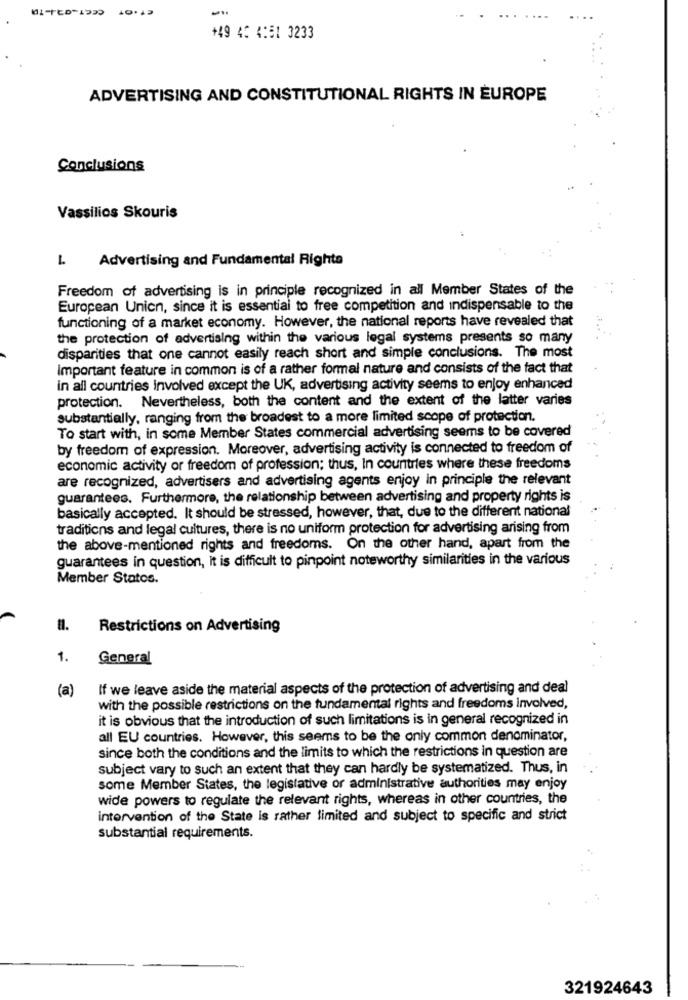
+49 4: 4:51 3233
ADVERTISING AND CONSTITUTIONAL RIGHTS IN EUROPE
Conclusions
Vassilios Skouris
Advertising and Fundamental Righta
Freedom of advertising is in principle recognized in all Member States of the
European Union, since it is essential to free competition and indispensable to the
functioning of a market economy. However, the national reports have revealed that
the protection of advertising within the various legal systems presents so many
disparities that one cannot easily reach short and simple conclusions. The most
Important feature in common is of a rather formal nature and consists of the fact that
in all countries involved except the UK, advertising activity seems to enjoy enhanced
protection. Nevertheless, both the content and the extent of the latter varies
substantially, ranging from the broadest to a more limited scope of protection.
To start with, in some Member States commercial advertising seems to be covered
by freedom of expression. Moreover, advertising activity is connected to freedom of
economic activity or freedom of profession; thus, In countries where these freedoms
are recognized, advertisers and advertising agents enjoy in principle the relevant
guarantees. Furthermore, the relationship between advertising and property rights is
basically accepted. It should be stressed, however, that, due to the different national
traditions and legal cultures, there is no uniform protection for advertising arising from
the above-mentioned rights and freedoms. On the other hand, apart from the
guarantees in question, it is difficult to pinpoint noteworthy similarities in the various
Member States.
Restrictions on Advertising
1.
General
(a)
If we leave aside the material aspects of the protection of advertising and deal
with the possible restrictions on the fundamental rights and freedoms involved,
it is obvious that the introduction of such limitations is in general recognized in
all EU countries. However, this seems to be the only common denominator,
since both the conditions and the limits to which the restrictions in question are
subject vary to such an extent that they can hardly be systematized. Thus, in
some Member States, the legislative or administrative authorities may enjoy
wide powers to regulate the relevant rights, whereas in other countries, the
intervention of the State is rather limited and subject to specific and strict
substantial requirements.
321924643